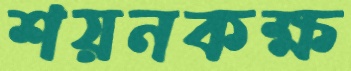
শয়নকক্ষ